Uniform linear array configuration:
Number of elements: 48
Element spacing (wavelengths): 1
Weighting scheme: hamming
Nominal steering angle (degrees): -15
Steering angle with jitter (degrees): -16.306
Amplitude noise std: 0.05
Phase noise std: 0.05

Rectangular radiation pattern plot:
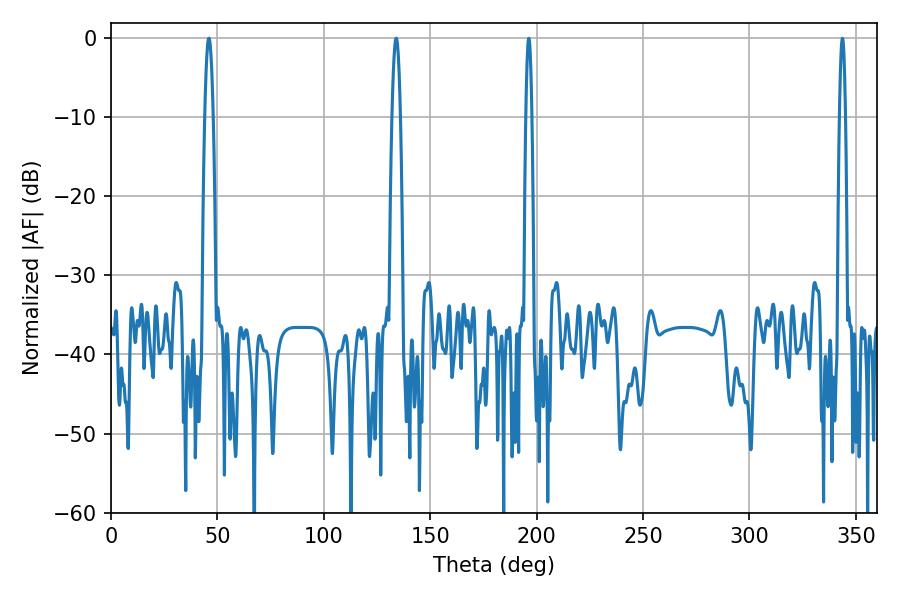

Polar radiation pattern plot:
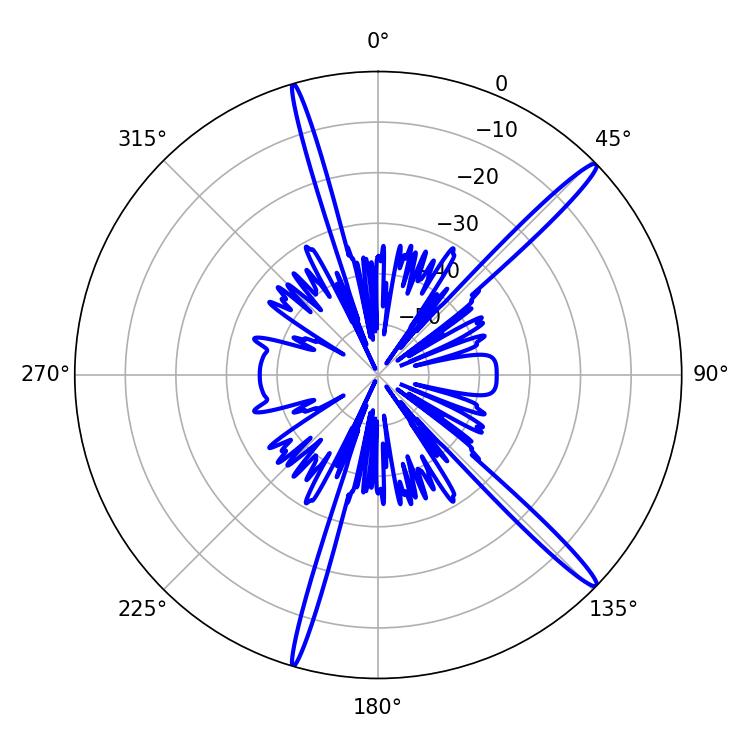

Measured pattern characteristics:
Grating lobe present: TRUE
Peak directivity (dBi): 16.665
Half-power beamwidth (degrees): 1.98
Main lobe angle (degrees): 45.9